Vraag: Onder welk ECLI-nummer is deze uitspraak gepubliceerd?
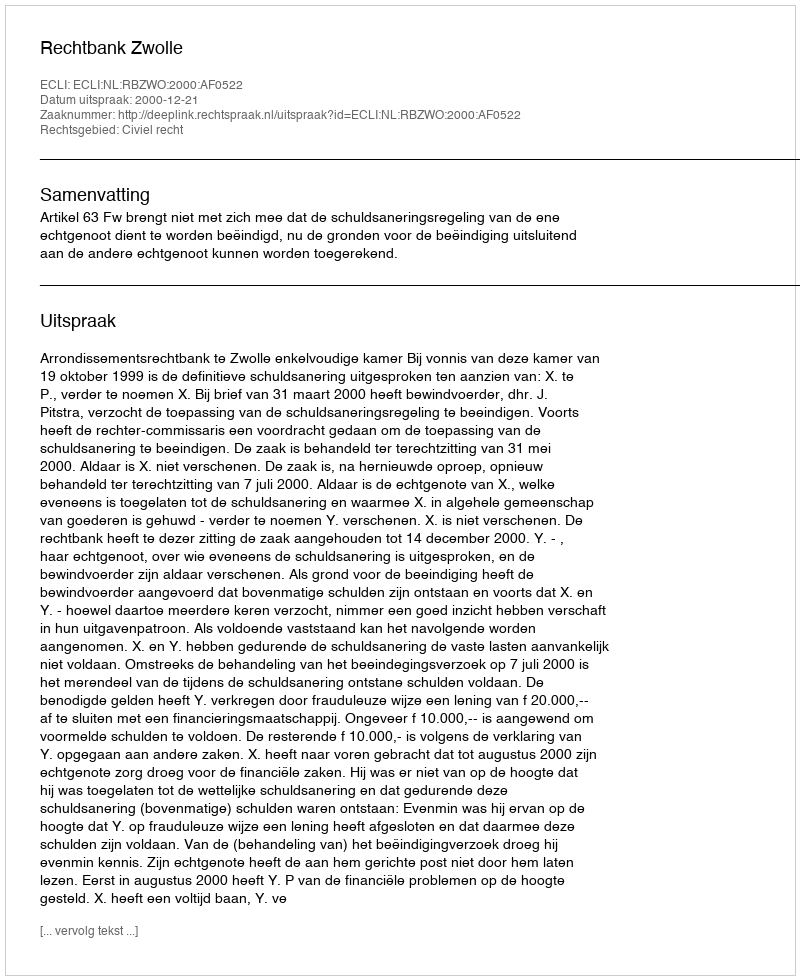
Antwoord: ECLI:NL:RBZWO:2000:AF0522